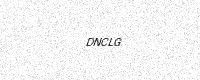
Text: DNCLG